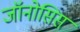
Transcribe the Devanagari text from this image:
जॉनोसिस